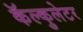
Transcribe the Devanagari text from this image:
कॅल्कुलेटर